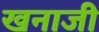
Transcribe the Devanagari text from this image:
खनाजी